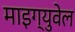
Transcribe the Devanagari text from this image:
माइग्युवेल